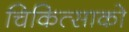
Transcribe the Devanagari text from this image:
चिकित्‍साको